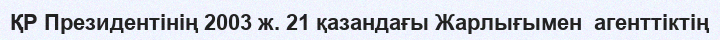
ҚР Президентінің 2003 ж. 21 қазандағы Жарлығымен  агенттіктің